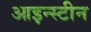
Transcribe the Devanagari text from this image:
आइन्‍स्‍टीन